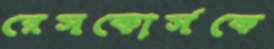
রেসকোর্সকে